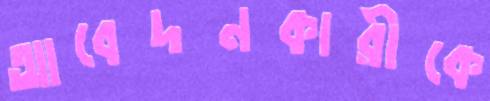
আবেদনকারীকে